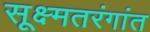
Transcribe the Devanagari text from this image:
सूक्ष्मतरंगांत